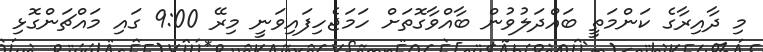
މި ދާއިރާގެ ކަންމަތީ ބައްދަލުވުން ބާއްވާގޮތަށް ހަމަޖެހިފައިވަނީ މިރޭ 9:00 ގައި މައްޗަންގޮޅި